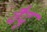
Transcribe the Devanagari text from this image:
वैदु